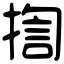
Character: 揈